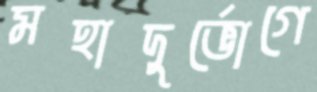
মহাদুর্ভোগে